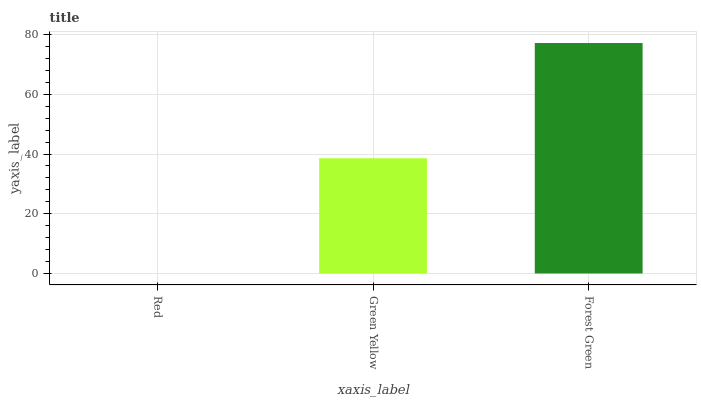
| xaxis_label | bars |
 | --- | --- |
 | Red | 0 |
 | Green Yellow | 38.6 |
 | Forest Green | 77.2 |